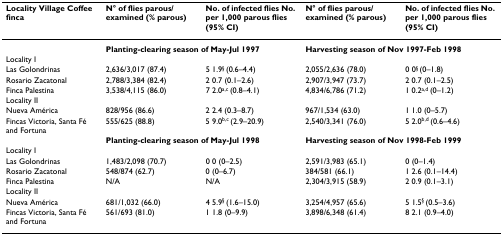
<table><thead><tr><td><b>Locality Village Coffee finca</b></td><td><b>N° of flies parous/examined (% parous)</b></td><td><b>No. of infected flies No. per 1,000 parous flies (95% CI)</b></td><td><b>N° of flies parous/examined (% parous)</b></td><td><b>No. of infected flies No. per 1,000 parous flies (95% CI)</b></td></tr></thead><tbody><tr><td></td><td colspan="2"><b>Planting-clearing season of May-Jul 1997</b></td><td colspan="2"><b>Harvesting season of Nov 1997-Feb 1998</b></td></tr><tr><td>Locality I</td><td></td><td></td><td></td><td></td></tr><tr><td>Las Golondrinas</td><td>2,636/3,017 (87.4)</td><td>5 1.9<sup>§ </sup>(0.6–4.4)</td><td>2,055/2,636 (78.0)</td><td>0 0<sup>§ </sup>(0–1.8)</td></tr><tr><td>Rosario Zacatonal</td><td>2,788/3,384 (82.4)</td><td>2 0.7 (0.1–2.6)</td><td>2,907/3,947 (73.7)</td><td>2 0.7 (0.1–2.5)</td></tr><tr><td>Finca Palestina</td><td>3,538/4,115 (86.0)</td><td>7 2.0<sup>a,c </sup>(0.8–4.1)</td><td>4,834/6,786 (71.2)</td><td>1 0.2<sup>a,d </sup>(0–1.2)</td></tr><tr><td>Locality II</td><td></td><td></td><td></td><td></td></tr><tr><td>Nueva América</td><td>828/956 (86.6)</td><td>2 2.4 (0.3–8.7)</td><td>967/1,534 (63.0)</td><td>1 1.0 (0–5.7)</td></tr><tr><td>Fincas Victoria, Santa Fé and Fortuna</td><td>555/625 (88.8)</td><td>5 9.0<sup>b,c </sup>(2.9–20.9)</td><td>2,540/3,341 (76.0)</td><td>5 2.0<sup>b,d </sup>(0.6–4.6)</td></tr><tr><td></td><td colspan="2"><b>Planting-clearing season of May-Jul 1998</b></td><td colspan="2"><b>Harvesting season of Nov 1998-Feb 1999</b></td></tr><tr><td>Locality I</td><td></td><td></td><td></td><td></td></tr><tr><td>Las Golondrinas</td><td>1,483/2,098 (70.7)</td><td>0 0 (0–2.5)</td><td>2,591/3,983 (65.1)</td><td>0 (0–1.4)</td></tr><tr><td>Rosario Zacatonal</td><td>548/874 (62.7)</td><td>0 (0–6.7)</td><td>384/581 (66.1)</td><td>1 2.6 (0.1–14.4)</td></tr><tr><td>Finca Palestina</td><td>N/A</td><td>N/A</td><td>2,304/3,915 (58.9)</td><td>2 0.9 (0.1–3.1)</td></tr><tr><td>Locality II</td><td></td><td></td><td></td><td></td></tr><tr><td>Nueva América</td><td>681/1,032 (66.0)</td><td>4 5.9<sup>§ </sup>(1.6–15.0)</td><td>3,254/4,957 (65.6)</td><td>5 1.5<sup>§ </sup>(0.5–3.6)</td></tr><tr><td>Fincas Victoria, Santa Fé and Fortuna</td><td>561/693 (81.0)</td><td>1 1.8 (0–9.9)</td><td>3,898/6,348 (61.4)</td><td>8 2.1 (0.9–4.0)</td></tr></tbody></table>